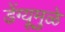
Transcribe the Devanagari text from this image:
डेंग्यूमुळे